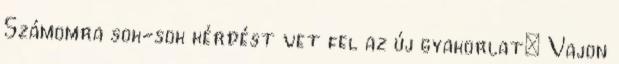
Számomra sok-sok kérdést vet fel az új gyakorlat: Vajon